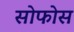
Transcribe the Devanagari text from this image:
सोफोस